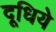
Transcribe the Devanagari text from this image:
दूधिये